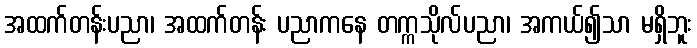
အထက်တန်းပညာ၊ အထက်တန်း ပညာကနေ တက္ကသိုလ်ပညာ၊ အကယ်၍သာ မရှိဘူး